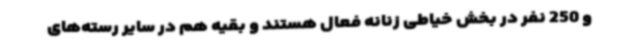
و 250 نفر در بخش خیاطی زنانه فعال هستند و بقیه هم در سایر رسته‌های